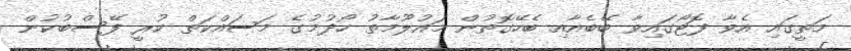
މަތީގައި އެވާ ފޮޓޯގައިވާ ބޭބެއާއި ބެހޭގޮތުން މައުލޫމާތު ހޯދުމުގެ މަސައްކަތް ކުރީ ފޭސްބުކުން